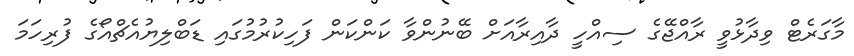
މާގަރެޓް ވިދާޅުވީ ރާއްޖޭގެ ސިއްހީ ދާއިރާއަށް ބޭނުންވާ ކަންކަން ފަހިކުރުމުގައި ޑަބްލިޔުއެޗްއޯގެ ފުރިހަމަ